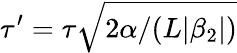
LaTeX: \tau^{\prime}=\tau\sqrt{2\alpha/(L|\beta_{2}|)}